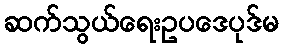
ဆက်သွယ်ရေးဥပဒေပုဒ်မ